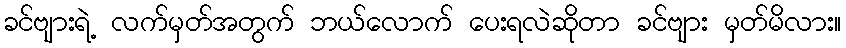
ခင်ဗျားရဲ့ လက်မှတ်အတွက် ဘယ်လောက် ပေးရလဲဆိုတာ ခင်ဗျား မှတ်မိလား။